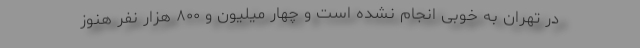
در تهران به خوبی انجام نشده است و چهار میلیون و ۸٠٠ هزار نفر هنوز